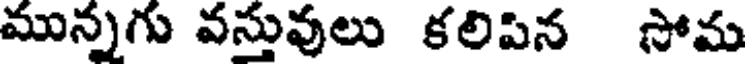
మున్నగు వస్తువులు కలిపిన సోమ